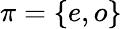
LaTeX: \pi=\{ e,o\}